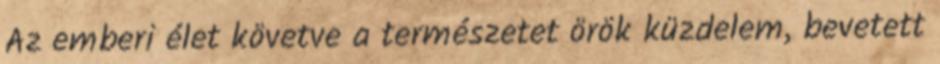
Az emberi élet követve a természetet örök küzdelem, bevetett